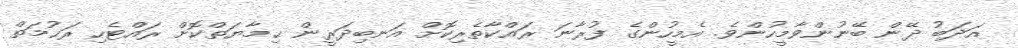
އަދަބު ދޭން ބޭނުންވާމީހުންވެ. އެމީހުންގެ ފުރާނަ ރައްކާތެރިކޮށް އަނބިދަރީން ޙިމާޔަތްކޮށް ރައްޓެހި ރަޙުމަތް